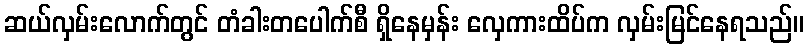
ဆယ်လှမ်းလောက်တွင် တံခါးတပေါက်စီ ရှိနေမှန်း လှေကားထိပ်က လှမ်းမြင်နေရသည်။